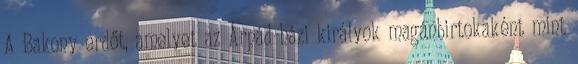
A Bakony erdőt, amelyet az Árpád-házi királyok magánbirtokaként mint